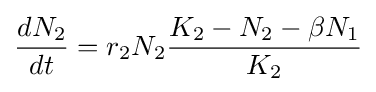
{dN_{2} \over dt}=r_{2}N_{2}{K_{2}-N_{2}-\beta N_{1} \over K_{2}}